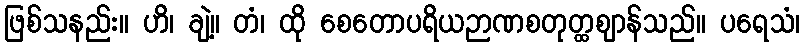
ဖြစ်သနည်း။ ဟိ၊ ချဲ့။ တံ၊ ထို စေတောပရိယဉာဏစတုတ္ထဈာန်သည်။ ပရေသံ၊